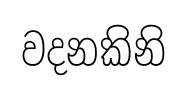
වදනකිනි